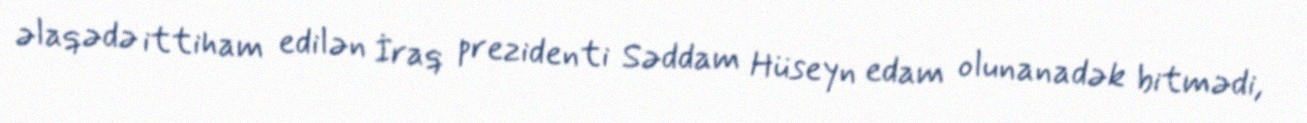
əlaqədə ittiham edilən İraq prezidenti Səddam Hüseyn edam olunanadək bitmədi,